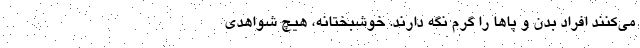
می‌کنند افراد بدن و پا‌ها را گرم نگه دارند. خوشبختانه، هیچ شواهدی